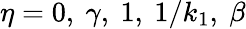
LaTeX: \eta=0,\ \gamma,\ 1,\ 1/k_{1},\ \beta